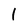
Character: 1